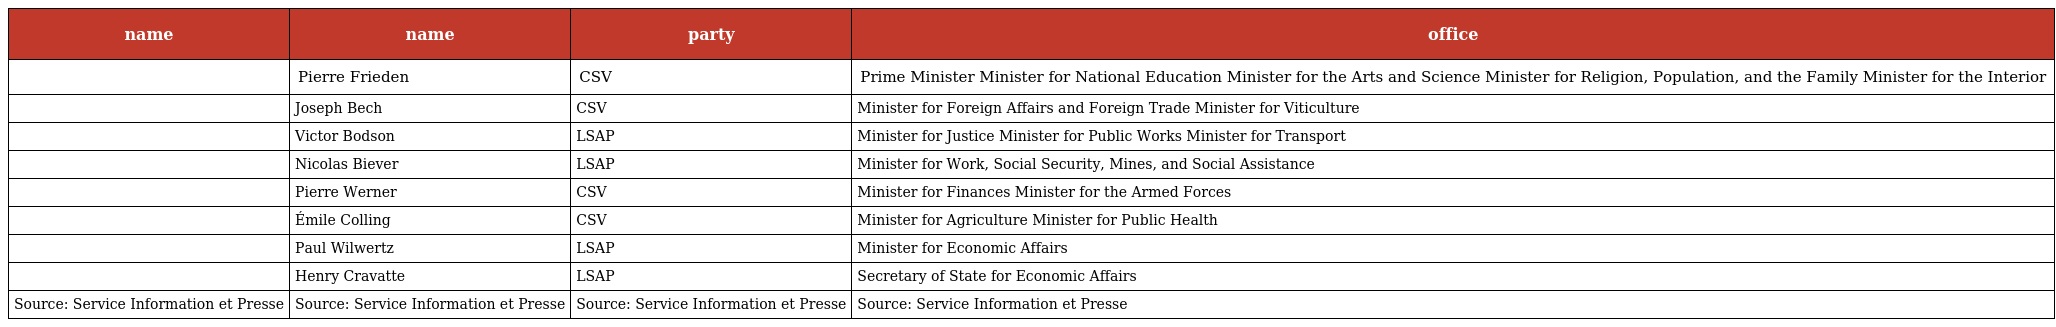
| name | name | party | office |
 | --- | --- | --- | --- |
 |  | Pierre Frieden | CSV | Prime Minister Minister for National Education Minister for the Arts and Science Minister for Religion, Population, and the Family Minister for the Interior |
 |  | Joseph Bech | CSV | Minister for Foreign Affairs and Foreign Trade Minister for Viticulture |
 |  | Victor Bodson | LSAP | Minister for Justice Minister for Public Works Minister for Transport |
 |  | Nicolas Biever | LSAP | Minister for Work, Social Security, Mines, and Social Assistance |
 |  | Pierre Werner | CSV | Minister for Finances Minister for the Armed Forces |
 |  | Émile Colling | CSV | Minister for Agriculture Minister for Public Health |
 |  | Paul Wilwertz | LSAP | Minister for Economic Affairs |
 |  | Henry Cravatte | LSAP | Secretary of State for Economic Affairs |
 | Source: Service Information et Presse | Source: Service Information et Presse | Source: Service Information et Presse | Source: Service Information et Presse |